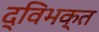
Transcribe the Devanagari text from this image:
द्विभक्त